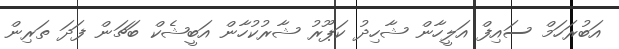
އަބުރަހަމް ސައިފް އަލީހާން ޝާހިދު ކަޕޫރު ޝާރުކުހާން އަބީޝެކް ބަޗަން ފަދަ ތަރިން